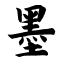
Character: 墨